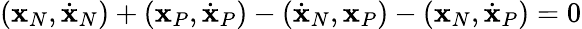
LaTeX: ({\mathbf x}_{N},\dot{\mathbf x}_{N})+({\mathbf x}_{P},\dot{\mathbf x}_{P})-(\dot{\mathbf x}_{N},{\mathbf x}_{P})-({\mathbf x}_{N},\dot{\mathbf x}_{P})=0